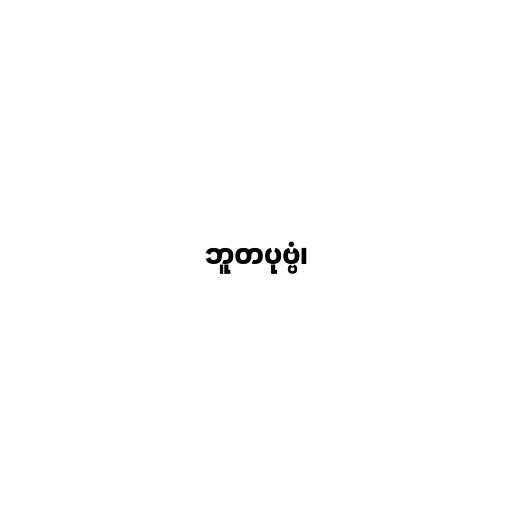
ဘူတပုဗ္ဗံ၊